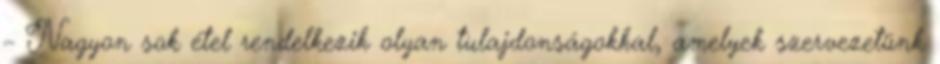
– Nagyon sok étel rendelkezik olyan tulajdonságokkal, amelyek szervezetünk